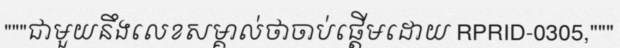
"""ជាមួយនឹងលេខសម្គាល់ថាចាប់ផ្តើមដោយ RPRID-0305,"""